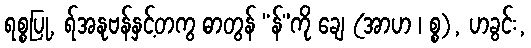
ရစ္စပြု, ရ်အနုဗန်နှင့်တကွ ဓာတွန် “န်”ကို ချေ (အာဟ ၊ စ္စ), ဟခွင်း,